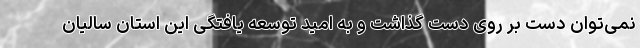
نمی‌توان دست بر روی دست گذاشت و به امید توسعه یافتگی این استان سالیان